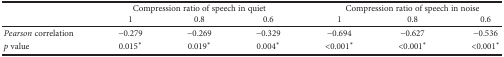
<table><thead><tr><td rowspan="2"></td><td colspan="3"><b>Compression ratio of speech in quiet</b></td><td colspan="3"><b>Compression ratio of speech in noise</b></td></tr><tr><td><b>1</b></td><td><b>0.8</b></td><td><b>0.6</b></td><td><b>1</b></td><td><b>0.8</b></td><td><b>0.6</b></td></tr></thead><tbody><tr><td><i>Pearson</i> correlation</td><td>−0.279</td><td>−0.269</td><td>−0.329</td><td>−0.694</td><td>−0.627</td><td>−0.536</td></tr><tr><td><i>p</i> value</td><td>0.015<sup>∗</sup></td><td>0.019<sup>∗</sup></td><td>0.004<sup>∗</sup></td><td>&lt;0.001<sup>∗</sup></td><td>&lt;0.001<sup>∗</sup></td><td>&lt;0.001<sup>∗</sup></td></tr></tbody></table>